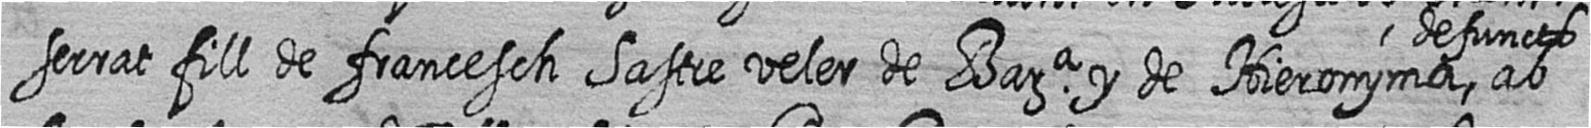
serrat fill de francesch Sastre veler de Bara y de Hieronyma defuncts ab